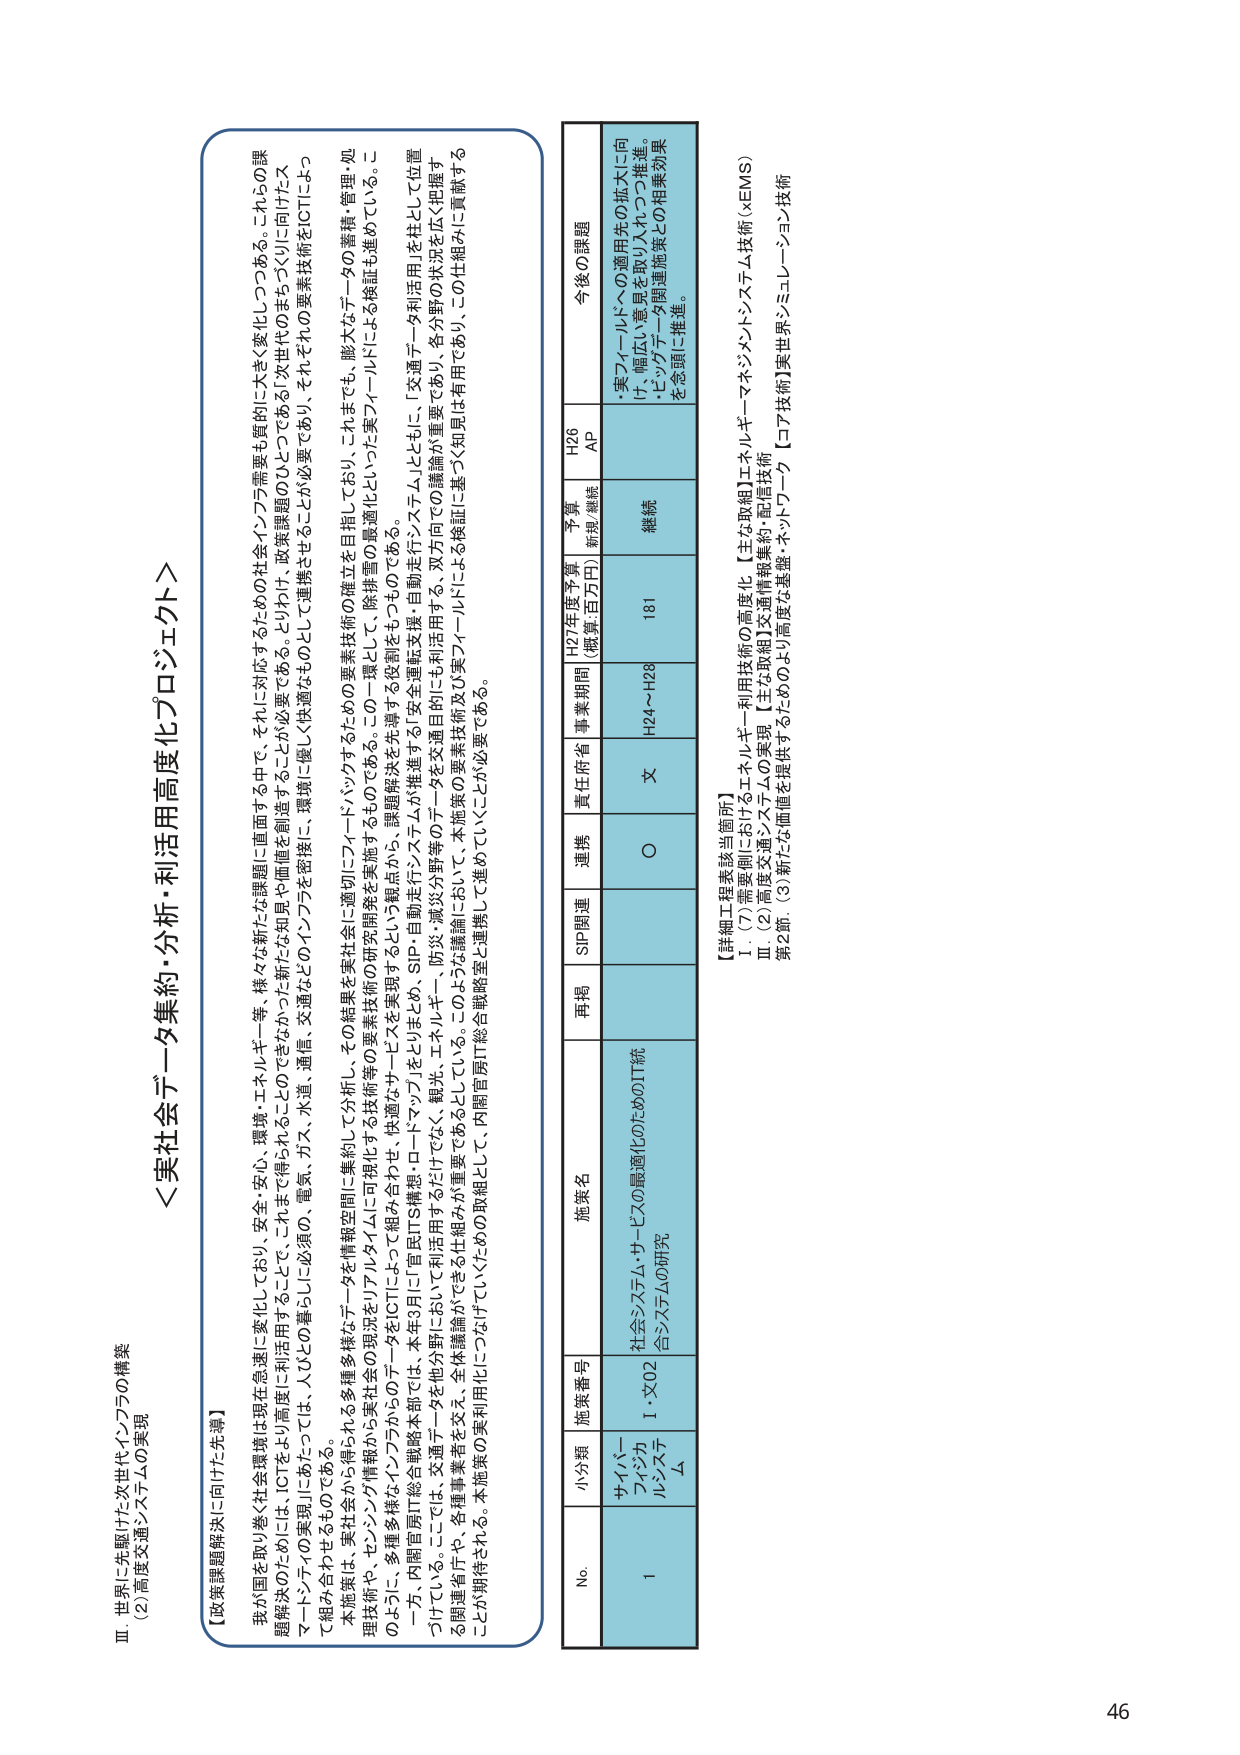
Ⅲ 世界に先駆けた次世代インフラの構築
(2) 高度交通システムの実現

【政策課題解決に向けた先導】
＜実社会データ集約・分析・利活用高度化プロジェクト＞

我が国を取り巻く社会環境は現在急速に変化しており、安全・安心、環境・エネルギー等、様々な新たな課題に直面する中で、それに対応するための社会インフラ需要も質的に大きく変化しつつある。これらの課題解決のためには、ICTをより高度に利活用することで、これまで得られることのできなかった新たな知見や価値を創造することが必要である。とりわけ、政策課題のひとつである「次世代のまちづくりに向けたスマートシティの実現」にあたっては、人ひとの暮らしに必須の、電気、ガス、水道、通信、交通などのインフラを密接に、環境に優しく快適なものとして連携させることが必要であり、それぞれの要素技術をICTによって組み合わせる必要がある。

本施策は、実社会から得られる多種多様なデータを情報空間に集約して分析し、その結果を実社会に適切にフィードバックするための要素技術の確立を目指しており、これまでも、膨大なデータの蓄積・管理・処理技術や、センシング情報から実社会の現況をリアルタイムに可視化する技術等の要素技術の研究開発を実施するものである。この一環として、除排量の最適化といった実フィールドによる検証も進めている。このような、多種多様なインフラからのデータをICTによって組み合わせ、快適なサービスを実現するための課題解決を先導する役割をもつものである。

一方、内閣官房IT総合戦略本部では、本年3月に「官民ITS構想・ロードマップ」をとりまとめ、SIP・自動走行システムが推進する「安全運転支援・自動走行システム」とともに、「交通データ利活用」を柱として位置づけている。ここでは、交通データを他分野においても利活用するだけでなく、観光、エネルギー、防災・減災分野等のデータを交通目的に利活用する、双方での議論が重要であり、各分野の状況を広く把握する関連省庁や、各種事業者を交え、全体議論ができる仕組みが重要であるとしている。このような議論において、本施策の要素技術及び実フィールドによる検証に基づく知見は有用であり、この仕組みに貢献することが期待される。本施策の実利用化につなげていくための取組として、内閣官房IT総合戦略室と連携して進めていくことが必要である。

No. 小分類 施策番号 施策名 再掲 SIP関連 連携 責任府省 事業期間 H27年度予算 (概算・百万円) 予算 給付/継続 H26 AP 今後の課題
1 サイバーフィジカルシステム I-X02 社会システム・サービスの最適化のためのIT統合システムの研究 ○ 文 H24～H28 181 継続 「実フィールドへの適用先の拡大に向け、幅広い意見を取り入れつつ推進。ビッグデータ関連施策との相乗効果を念頭に推進。」

【詳細工程表該当箇所】
Ⅰ (7) 需要側におけるエネルギー利用技術の高度化 【主な取組】エネルギーマネジメントシステム技術（EMS）
Ⅲ (2) 高度交通システムの実現 【主な取組】交通情報集約・配信技術
第2節：(3) 新たな価値を提供するためのより高度な基盤・ネットワーク 【コア技術】実世界ミドルウェア技術

46